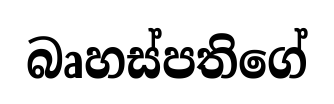
බෘහස්පතිගේ